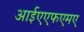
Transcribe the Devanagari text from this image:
आईएएफएमए